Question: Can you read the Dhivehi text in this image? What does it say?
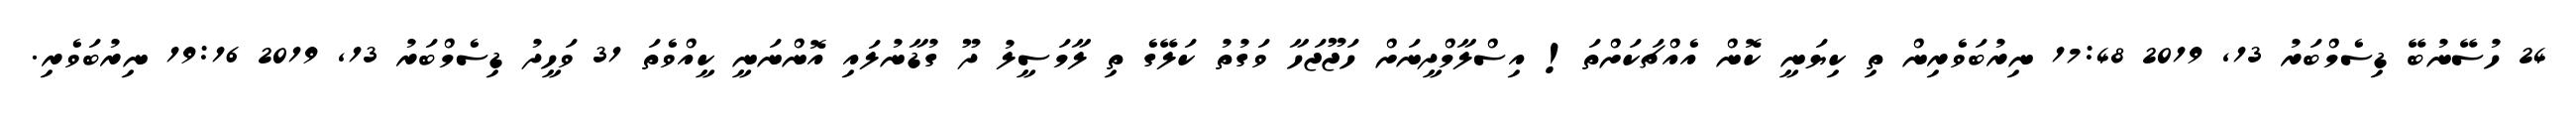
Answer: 24 ހުސޭނުބޭ ޑިސެމްބަރު 13, 2019 17:48 ނިރުބަވެރިން ތި ކިޔަނީ ކޮން އެއްޗަކަށްތަ! އިސްލާމްދީނަށް ހަޖޫޖަހާ ވަގުތު ކަލޭގެ ތި ލާމަސީލު ދޫ ގުޑާނުލައި އޮންނަނީ ކީއްވެތަ 31 ވަހީދު ޑިސެމްބަރު 13, 2019 19:16 ނިރުބަވެރި.